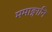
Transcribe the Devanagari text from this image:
ममाङ्गानि